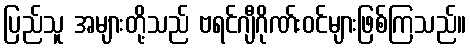
ပြည်သူ အများတို့သည် ဗရင်ဂျီဂိုဏ်းဝင်များဖြစ်ကြသည်။